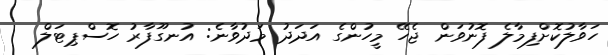
ހަވާލުކޮށްފިމާލެ ފޮނުވަން ޖެހޭ މީހުންގެ އަދަދު މަދުވާނެ: އުނގޫފާރު ހޮސްޕިޓަލް